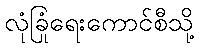
လုံခြုံရေးကောင်စီသို့